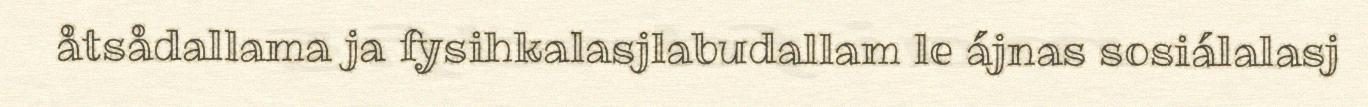
åtsådallama ja fysihkalasjlabudallam le ájnas sosiálalasj